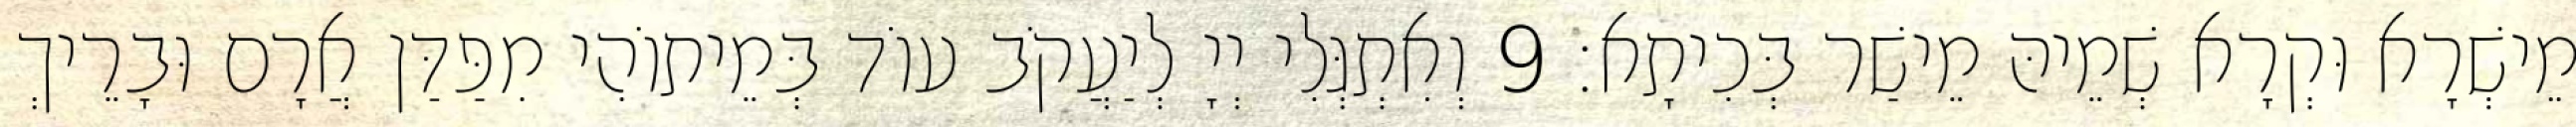
מֵישְׁרָא וּקְרָא שְׁמֵיהּ מֵישַׁר בְּכִיתָא׃ 9 וְאִתְגְּלִי יְיָ לְיַעֲקֹב עוֹד בְּמֵיתוֹהִי מִפַּדַּן אֲרָם וּבָרֵיךְ